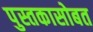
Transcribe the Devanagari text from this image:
पुस्तकासोबत